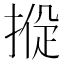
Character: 𢰑